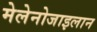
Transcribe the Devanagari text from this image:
मेलेनोजाइलान